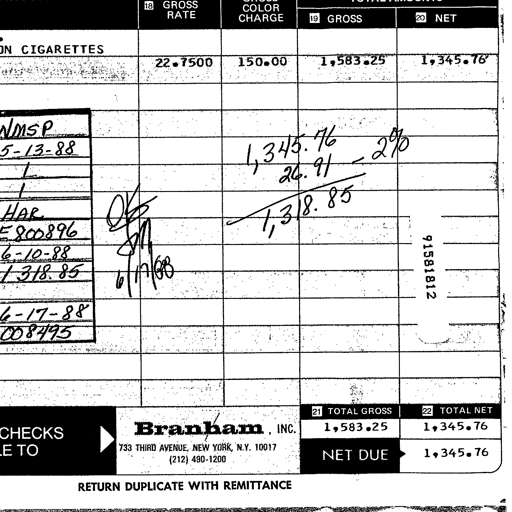
Transcript:
18 GROSS RATE COLOR CHARGE TOTAL AMOUNTS
19 GROSS 20 NET
ON CIGARETTES 22.7500 150.00 1,583.25 1,345.76
WMSP
5-13-88 1,345.76 2%
1 26.91
1 OK 1,318.85
HAR
800896 6/17/88 91581812
6-10-88
1,318.85
6-17-88
008495
21 TOTAL GROSS 22 TOTAL NET
CHECKS TO Branham, INC. 1,583.25 1,345.76
733 THIRD AVENUE, NEW YORK, N.Y. 10017 (212) 490-1200 NET DUE 1,345.76
RETURN DUPLICATE WITH REMITTANCE